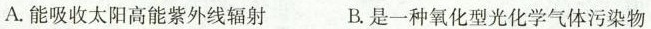
A.能吸收太阳高能紫外线辐射 B.是一种氧化型光化学气体污染物